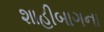
શાહીબાગના